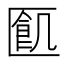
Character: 㔳